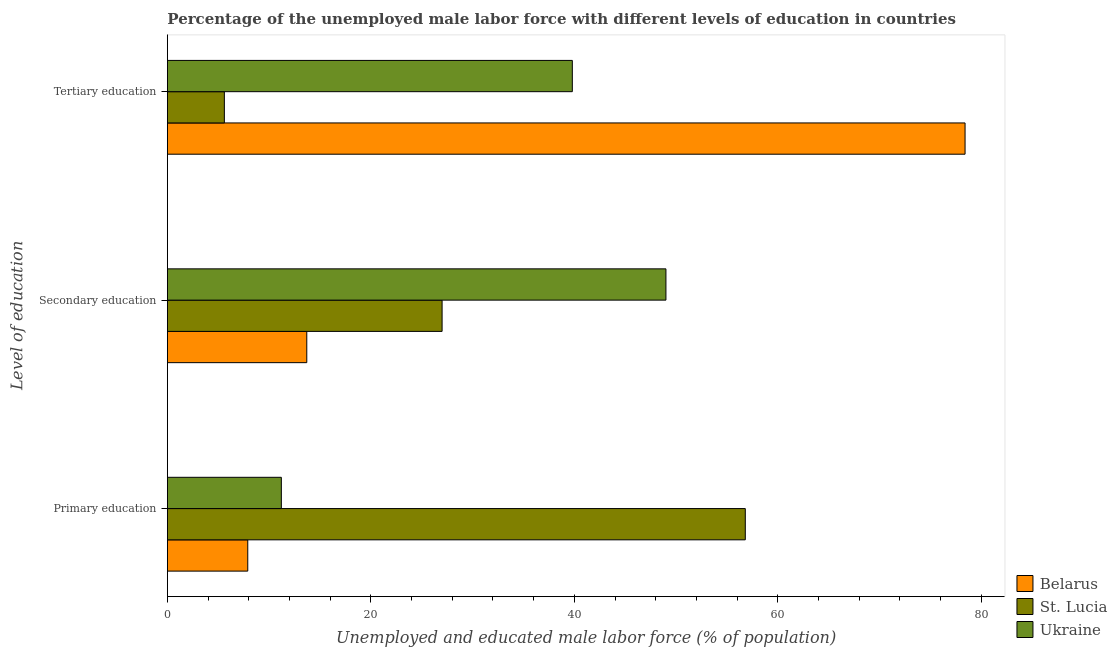
| Level of education | Belarus | St. Lucia | Ukraine |
 | --- | --- | --- | --- |
 | Primary education | 7.9 | 56.8 | 11.2 |
 | Secondary education | 13.7 | 27 | 49 |
 | Tertiary education | 78.4 | 5.6 | 39.8 |